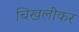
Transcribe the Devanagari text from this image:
चिखलीकर